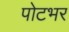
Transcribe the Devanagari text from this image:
पोटभर